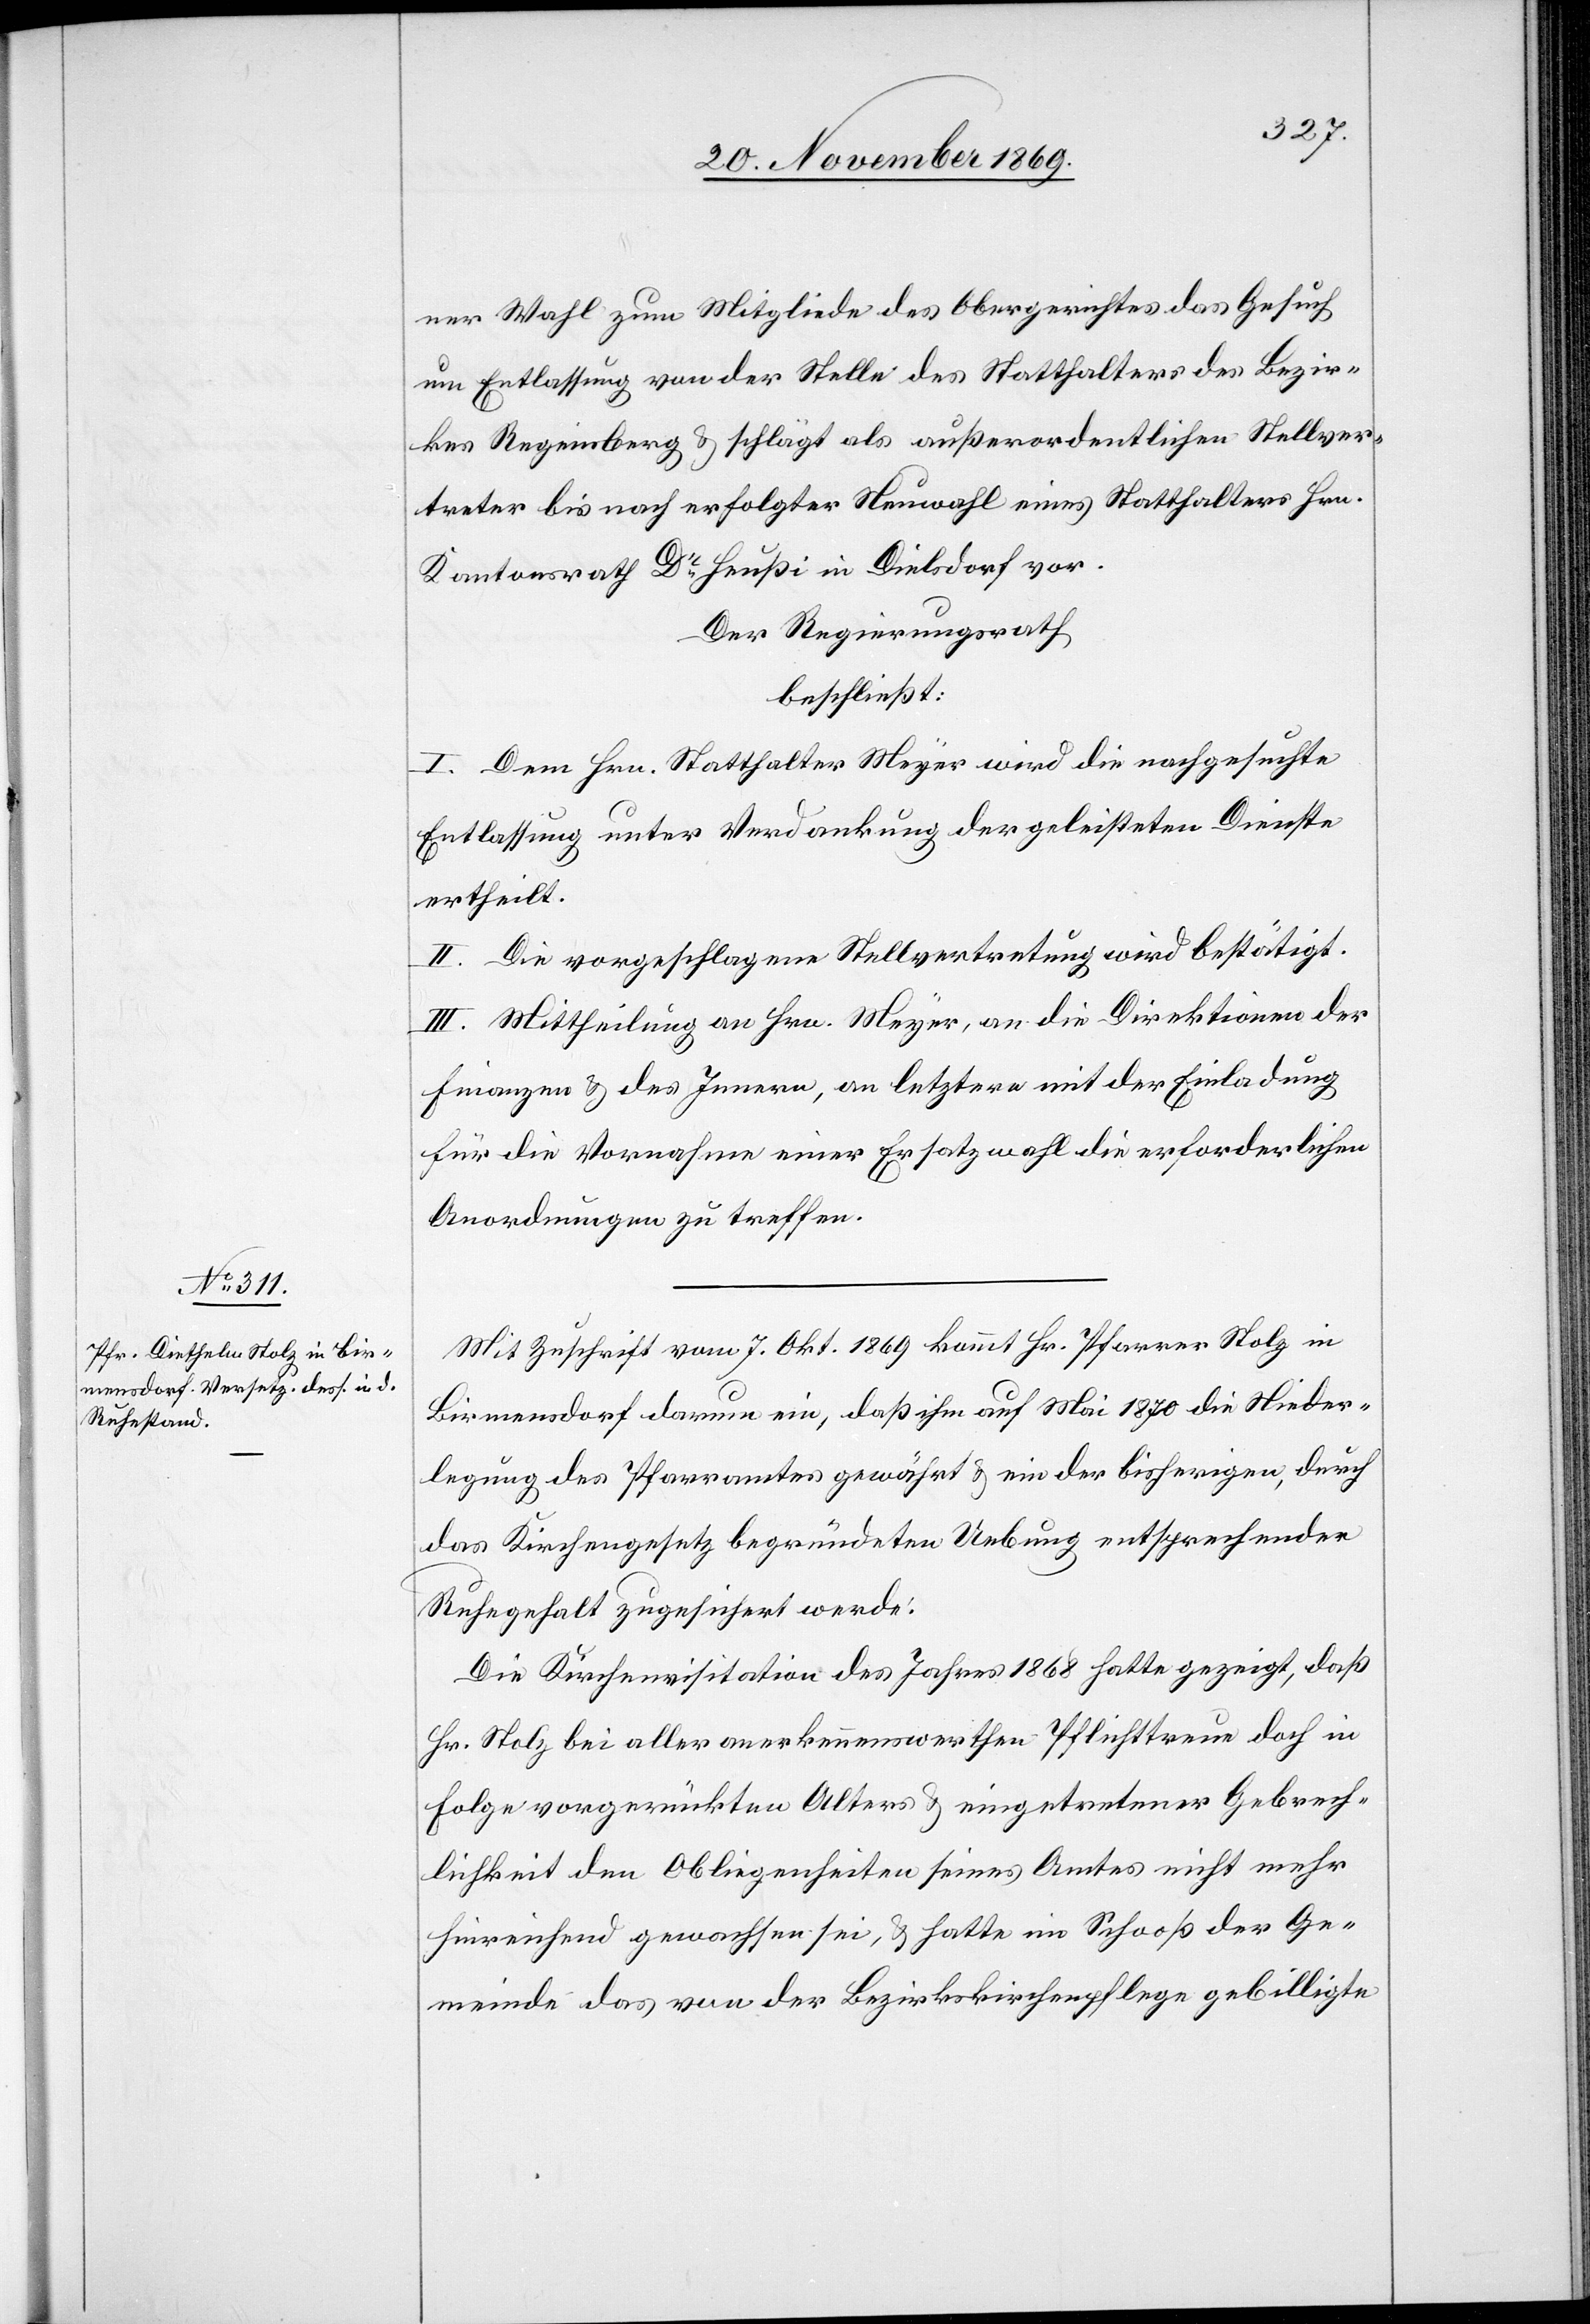
ner Wahl zum Mitgliede des Obergerichtes das Gesuch
um Entlassung von der Stelle des Statthalters des Bezir¬
kes Regensberg & schlägt als außerordentlichen Stellver¬
treter bis nach erfolgter Neuwahl eines Statthalters Hrn.
Kantonsrath Dr Heußi in Dielsdorf vor.
Der Regierungsrath
beschließt:
I. Dem Hrn. Statthalter Meyer wird die nachgesuchte
Entlassung unter Verdankung der geleisteten Dienste
ertheilt.
II. Die vorgeschlagene Stellvertretung wird bestätigt.
III. Mittheilung an Hrn. Meyer, an die Direktionen der
Finanzen & des Innern, an letztere mit der Einladung
für die Vornahme einer Ersatzwahl die erforderlichen
Anordnungen zu treffen.
Mit Zuschrift vom 7. Okt. 1869 kommt Hr. Pfarrer Stolz in
Birmensdorf darum ein, daß ihm auf Mai 1870 die Nieder¬
legung des Pfarramtes gewährt & ein der bisherigen, durch
das Kirchengesetz begründeten Uebung entsprechender
Ruhegehalt zugesichert werde.
Die Kirchenvisitation des Jahres 1868 hatte gezeigt, daß
Hr. Stolz bei aller anerkennenswerthen Pflichttreue doch in
Folge vorgerückten Alters & eingetretener Gebrech¬
lichkeit den Obliegenheiten seines Amtes nicht mehr
hinreichend gewachsen sei, & hatte im Schooß der Ge¬
meinde das von der Bezirkskirchenpflege gebilligte